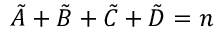
\tilde { A } + \tilde { B } + \tilde { C } + \tilde { D } = n